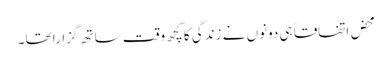
محض اتفاقاً ہی دونوں نے زندگی کا کچھ وقت ساتھ گزارا تھا۔